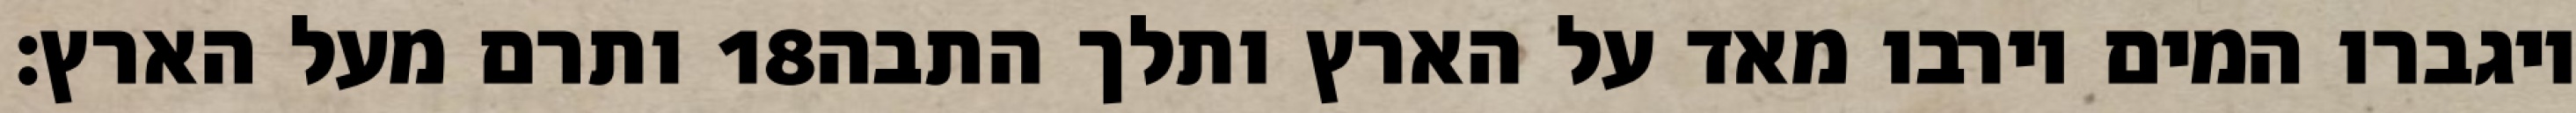
ותרם מעל הארץ׃ ‎18‏ ויגברו המים וירבו מאד על הארץ ותלך התבה